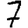
Digit: 7